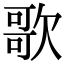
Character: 歌